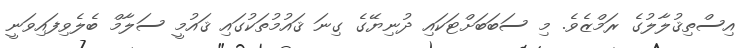
އިސްތިޤުލާލުގެ ރަމްޒެވެ. މި ސަބަބަށްޓަކައި ދުނިޔޭގެ ގިނަ ޤައުމުތަކުގައި ޤައުމީ ސަލާމް ބެލެވިފައިވަނީ